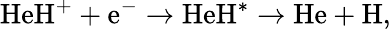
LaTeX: \mathrm{HeH^{+}}+\mathrm{e^{-}}\rightarrow\mathrm{HeH^{*}}\rightarrow\mathrm{He}+\mathrm{H},